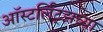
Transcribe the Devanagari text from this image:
ऑस्टर्लिट्झच्या